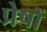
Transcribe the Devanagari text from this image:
प्रेषों